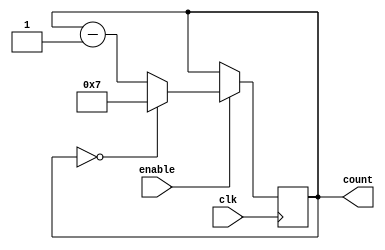
module Modulo_N_Down_Counter (
    input wire clk,
    input wire enable,
    output reg [N-1:0] count
);

parameter N = 8; // Change N to the desired modulo value

always @(posedge clk) begin
    if (enable) begin
        if (count == 0) begin
            count <= N-1;
        end else begin
            count <= count - 1;
        end
    end
end

endmodule